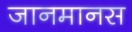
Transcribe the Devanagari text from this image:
जानमानस